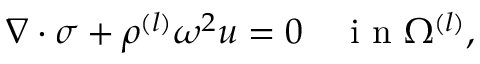
\begin{array} { r } { \nabla \cdot \sigma + \rho ^ { ( l ) } \omega ^ { 2 } u = 0 \quad \mathrm { ~ i ~ n ~ } \Omega ^ { ( l ) } , } \end{array}